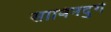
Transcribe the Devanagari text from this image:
साविनदुर्ग